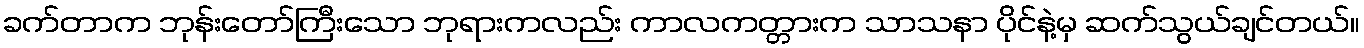
ခက်တာက ဘုန်းတော်ကြီးသော ဘုရားကလည်း ကာလကတ္တားက သာသနာ ပိုင်နဲ့မှ ဆက်သွယ်ချင်တယ်။